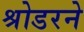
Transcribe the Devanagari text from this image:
श्रोडरने